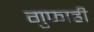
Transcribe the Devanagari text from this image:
गुफाही